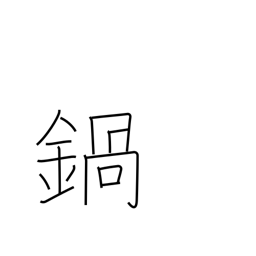
Meaning: pan